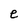
Character: e